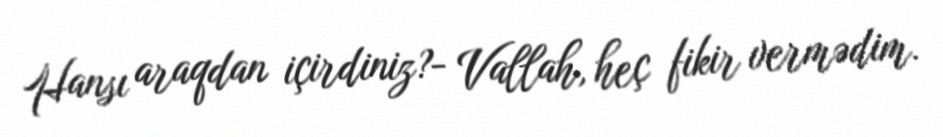
Hansı araqdan içirdiniz?- Vallah, heç fikir vermədim.